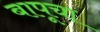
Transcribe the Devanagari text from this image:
बापूचा